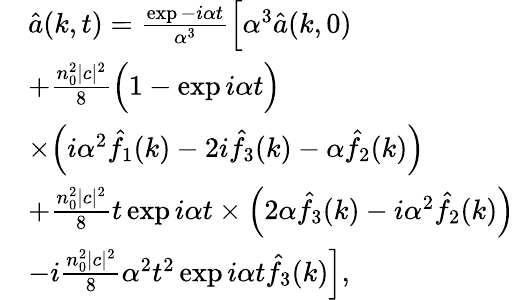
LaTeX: \begin{array}{rl}&{\hat{a}(k,t)=\frac{\exp{-i\alpha t}}{\alpha^{3}}\Big[\alpha^{3}\hat{a}(k,0)}\\ &{+\frac{n_{0}^{2}|c|^{2}}{8}\Big(1-\exp{i\alpha t}\Big)}\\ &{\times\Big(i\alpha^{2}\hat{f_{1}}(k)-2i\hat{f_{3}}(k)-\alpha\hat{f_{2}}(k)\Big)}\\ &{+\frac{n_{0}^{2}|c|^{2}}{8}t\exp{i\alpha t}\times\Big(2\alpha\hat{f_{3}}(k)-i\alpha^{2}\hat{f_{2}}(k)\Big)}\\ &{-i\frac{n_{0}^{2}|c|^{2}}{8}\alpha^{2}t^{2}\exp{i\alpha t}\hat{f_{3}}(k)\Big],}\end{array}